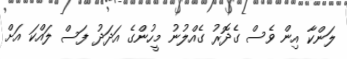
ލަންކާ އިން ވެސް ގެދޮރު ގެއްލުނު މީހުންގެ އަދަދު ފަސް ލައްކަ އަށް